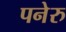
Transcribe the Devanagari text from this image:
पनेरु